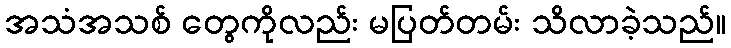
အသံအသစ် တွေကိုလည်း မပြတ်တမ်း သိလာခဲ့သည်။